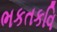
ભકતકવિ